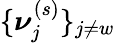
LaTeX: \{ \boldsymbol\nu_{j}^{(s)}\} _{j\neq w}